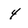
Character: 4